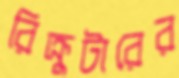
রিক্রুটারের